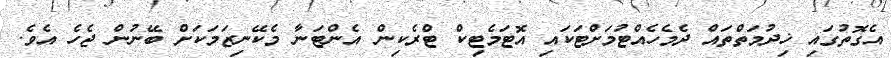
އެގޮތުގައި ޚިދުމަތްތައް ދެމެހެއްޓުމަށްޓަކައި އޮޓަމެޓިކް ޓްރެކިން އެންޓަނާ މެކޭނިޒަމަކަށް ބޭނުން ޖެހެ އެވެ.